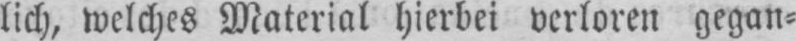
lich, welches Material hierbei verloren gegan⸗